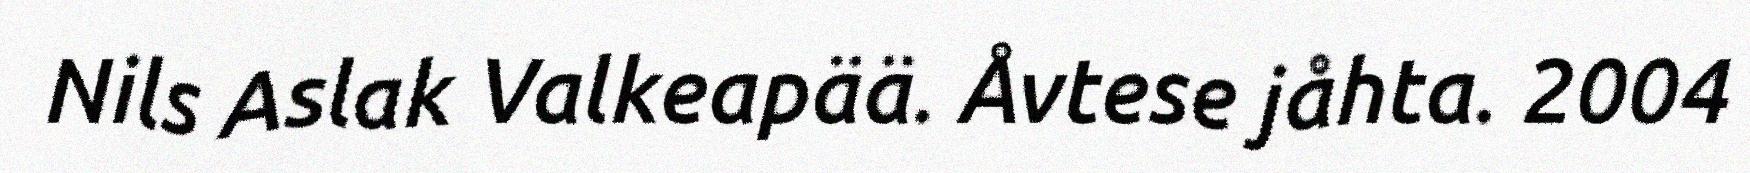
Nils Aslak Valkeapää. Åvtese jåhta. 2004